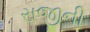
રાજીની